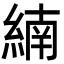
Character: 䋻